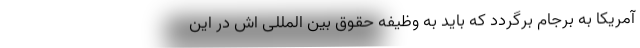
آمریکا به برجام برگردد که باید به وظیفه حقوق بین المللی اش در این